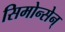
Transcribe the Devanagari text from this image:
सिमोन्सेन्